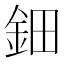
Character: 鈿